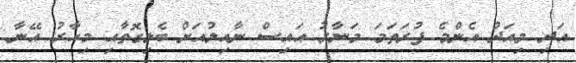
އަދި މިއަދު އެންމެ ފުރަތަމަ މަނާރު އައިސް ނާއިލުއަށް ބެލިގޮތާއި މިހާރު އޭނާ